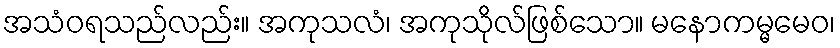
အသံဝရသည်လည်း။ အကုသလံ၊ အကုသိုလ်ဖြစ်သော။ မနောကမ္မမေဝ၊